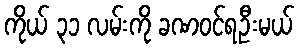
ကိုယ် ၃၁ လမ်းကို ခဏဝင်ရဦးမယ်